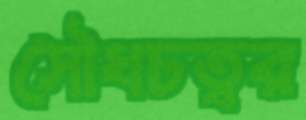
সৌধচত্বর